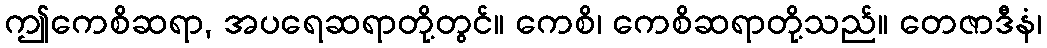
ဤကေစိဆရာ, အပရေဆရာတို့တွင်။ ကေစိ၊ ကေစိဆရာတို့သည်။ တေဇာဒီနံ၊